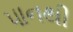
પાનથી